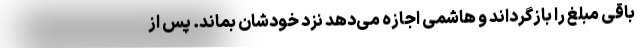
باقی مبلغ را بازگرداند و هاشمی اجازه می‌دهد نزد خودشان بماند. پس از